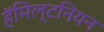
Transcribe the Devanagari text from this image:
हॅमिल्टनियन